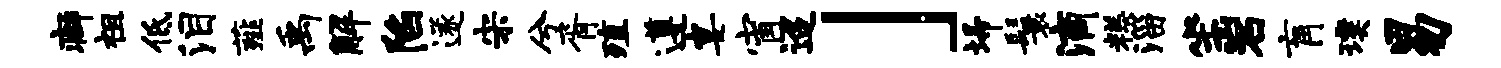
癖祖低泪薤禹解陷遂宋兮胥殖遵宴宵迢」埽鬟滴糕淄坐岩肓璞易